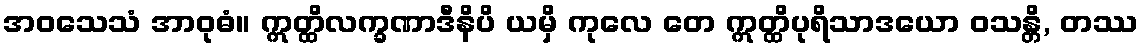
အဝသေသံ အာဝုဓံ။ ဣတ္ထိလက္ခဏာဒီနိပိ ယမှိ ကုလေ တေ ဣတ္ထိပုရိသာဒယော ဝသန္တိ, တဿ